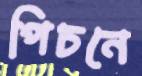
পিচনে